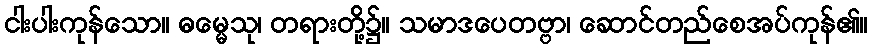
ငါးပါးကုန်သော။ ဓမ္မေသု၊ တရားတို့၌။ သမာဒပေတဗ္ဗာ၊ ဆောင်တည်စေအပ်ကုန်၏။